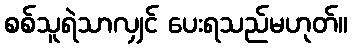
စစ်သူရဲသာလျှင် ပေးရသည်မဟုတ်။